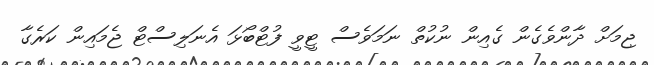
ޖިމަށް ދާންވެގެން ގެއިން ނުކުތް ނަމަވެސް ޓީވީ ފުޓްބޯޅަ އެނަލިސްޓް ޖެމައިން ކަރެގާ